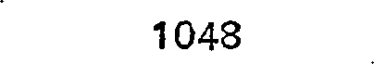
1048